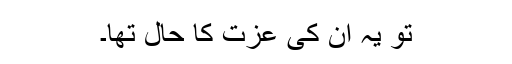
تو یہ ان کی عزت کا حال تھا۔